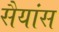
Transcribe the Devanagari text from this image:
सैयांस